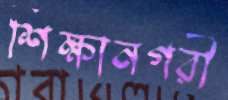
শিক্ষানগরী